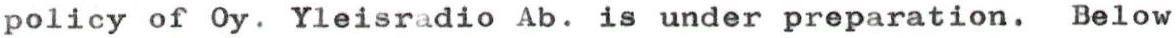
policy of Oy. Yleisradio Ab. is under preparation. Below